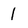
Character: 1